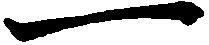
一